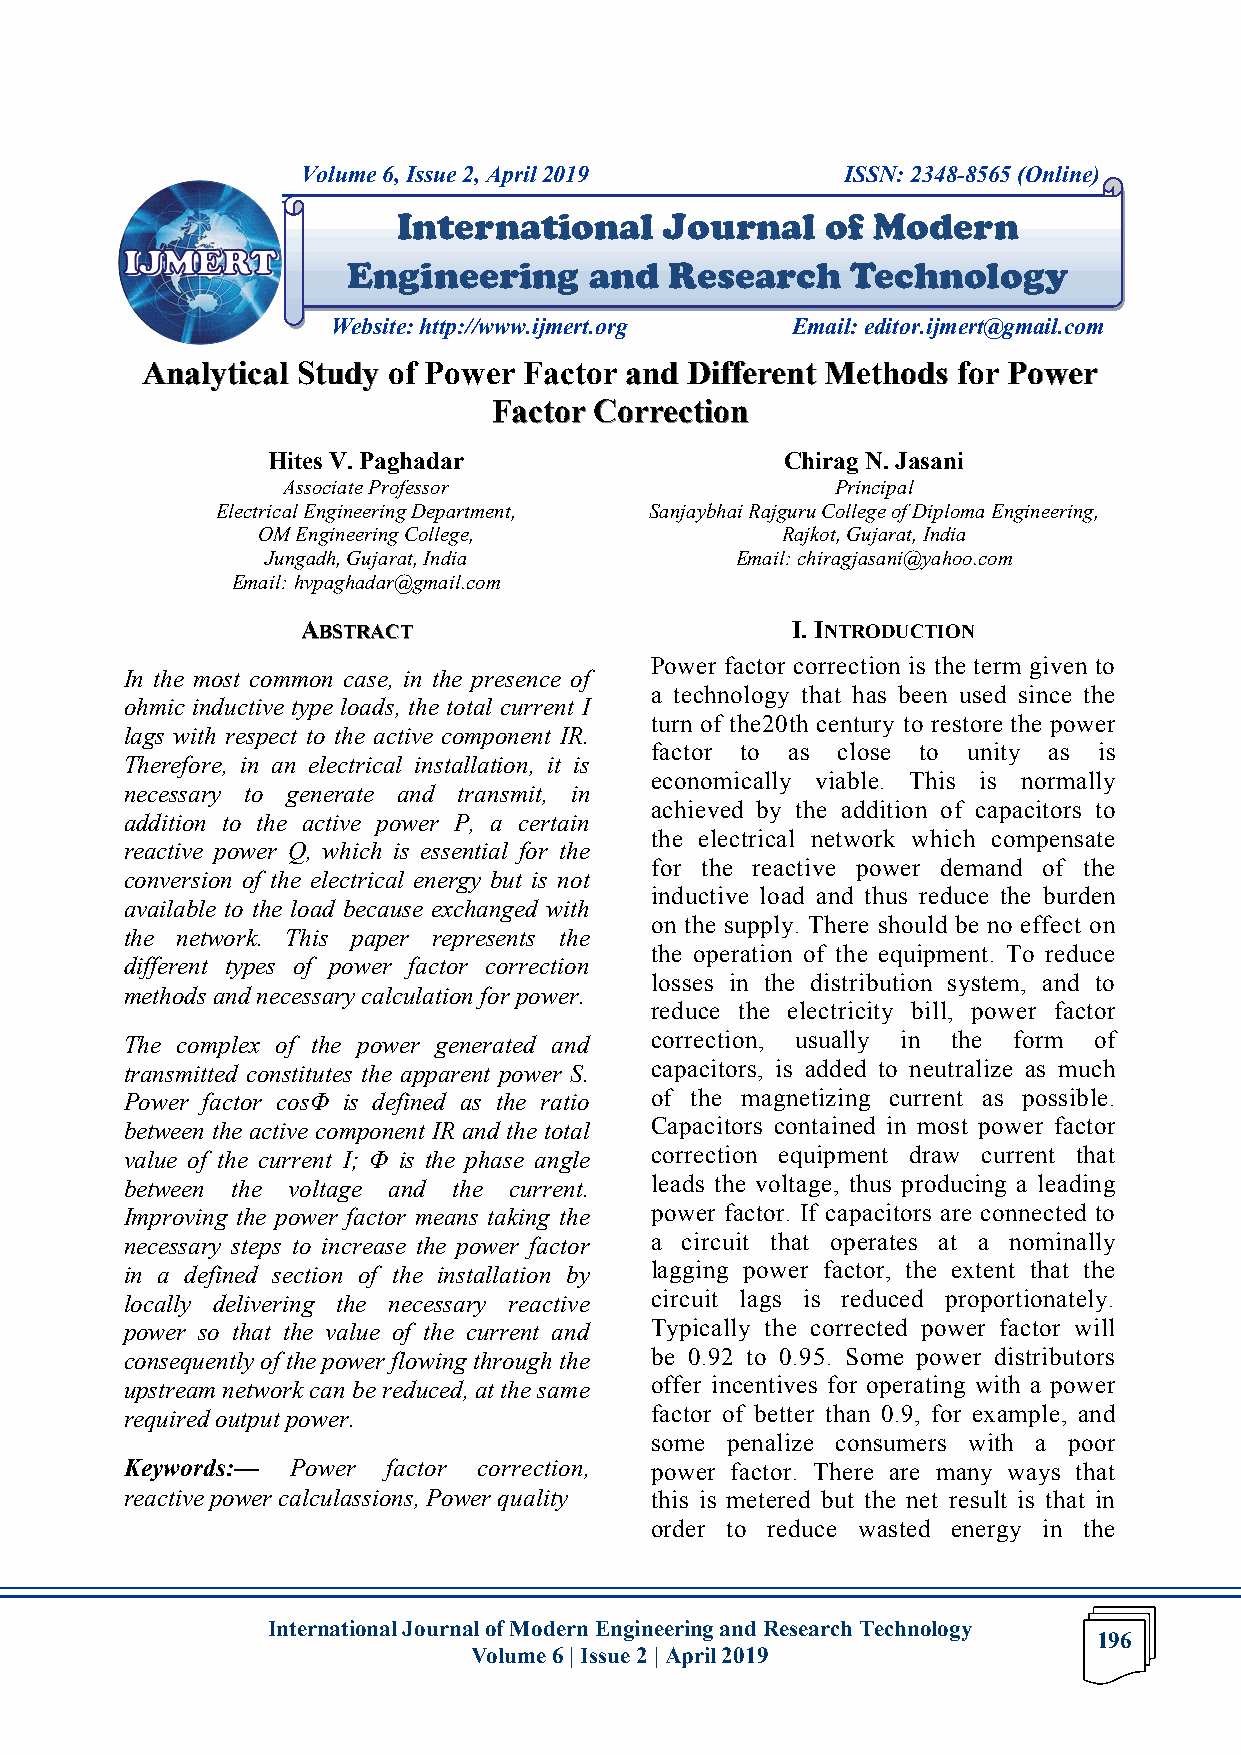
Volume 6, Issue 2, April 2019       ISSN: 2348-8565 (Online)
 International     Journal    of Modern
 Engineering     and  Research    Technology
 Website: http://www.ijmert.org Email: editor.ijmert@gmail.com
 AAAnnnaaalllyyytttiiicccaaalll SSStttuuudddyyy ooofff PPPooowwweeerrr FFFaaaccctttooorrr aaannnddd DDDiiiffffffeeerrreeennnttt MMMeeettthhhooodddsss fffooorrr PPPooowwweeerrr
 FFFaaaccctttooorrr CCCooorrrrrreeeccctttiiiooonnn
 Hites V. Paghadar                 Chirag N. Jasani
 Associate Professor                 Principal
 Electrical Engineering Department, Sanjaybhai Rajguru College of Diploma Engineering,
 OM Engineering College,            Rajkot, Gujarat, India
 Jungadh, Gujarat, India        Email: chiragjasani@yahoo.com
 Email: hvpaghadar@gmail.com
 AAABBBSSSTTTRRRAAACCCTTT        I. INTRODUCTION
 Power factor correction is the term given to
 In the most common case, in the presence of
 a technology that has been used since the
 ohmic inductive type loads, the total current I
 turn of the20th century to restore the power
 lags with respect to the active component IR.
 factor to as close to unity as is
 Therefore, in an electrical installation, it is
 economically viable. This is normally
 necessary to generate and transmit, in
 achieved by the addition of capacitors to
 addition to the active power P, a certain
 the electrical network which compensate
 reactive power Q, which is essential for the
 for the reactive power demand of the
 conversion of the electrical energy but is not
 inductive load and thus reduce the burden
 available to the load because exchanged with
 on the supply. There should be no effect on
 the network. This paper represents the
 the operation of the equipment. To reduce
 different types of power factor correction
 losses in the distribution system, and to
 methods and necessary calculation for power.
 reduce the electricity bill, power factor
 The complex of the power generated and correction, usually in the form of
 transmitted constitutes the apparent power S. capacitors, is added to neutralize as much
 Power factor cosΦ is defined as the ratio of the magnetizing current as possible.
 between the active component IR and the total Capacitors contained in most power factor
 value of the current I; Φ is the phase angle correction equipment draw current that
 between the voltage and the current. leads the voltage, thus producing a leading
 Improving the power factor means taking the power factor. If capacitors are connected to
 necessary steps to increase the power factor a circuit that operates at a nominally
 in a defined section of the installation by lagging power factor, the extent that the
 locally delivering the necessary reactive circuit lags is reduced proportionately.
 power so that the value of the current and Typically the corrected power factor will
 consequently of the power flowing through the be 0.92 to 0.95. Some power distributors
 upstream network can be reduced, at the same offer incentives for operating with a power
 required output power.             factor of better than 0.9, for example, and
 some penalize consumers with a poor
 Keywords:— Power  factor correction, power factor. There are many ways that
 reactive power calculassions, Power quality this is metered but the net result is that in
 order to reduce wasted energy in the
 International Journal of Modern Engineering and Research Technology
 196
 Volume 6 | Issue 2 | April 2019